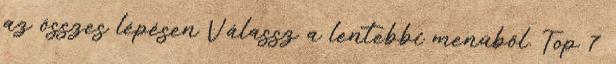
az összes lépésen Válassz a lentebbi menüből. Top 7